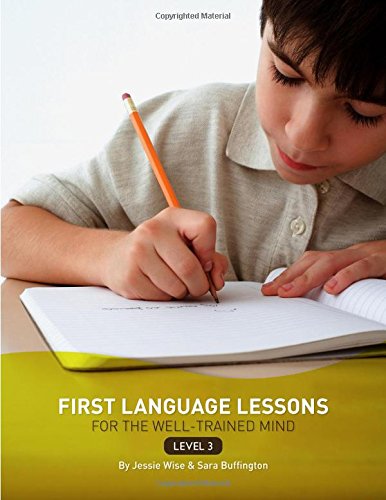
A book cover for First Language Lessons for the Well-Trained Mind: Level 3 Instructor Guide (First Language Lessons); Jessie Wise; Education & Teaching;